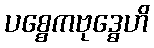
ပစ္စေကဗုဒ္ဓေဟိ